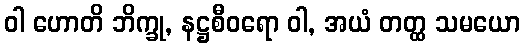
ဝါ ဟောတိ ဘိက္ခု, နဋ္ဌစီဝရော ဝါ, အယံ တတ္ထ သမယော